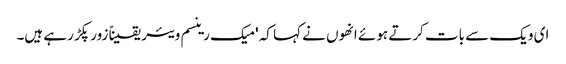
ای ویک سے بات کرتے ہوئے انھوں نے کہا کہ 'میک رینسم ویئر یقیناً زور پکڑ رہے ہیں۔